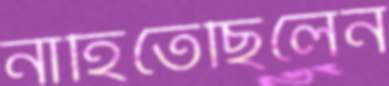
নাহিতেছিলেন